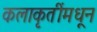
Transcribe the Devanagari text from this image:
कलाकृतींमधून